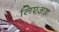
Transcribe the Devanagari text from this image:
लिएअन्न